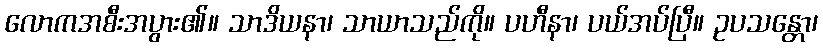
လောကအစီးအပွား၏။ သာဒိယနာ၊ သာယာသည်ကို။ ပဟီနာ၊ ပယ်အပ်ပြီ။ ဥပသန္တော၊